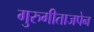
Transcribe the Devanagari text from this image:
गुरुगीताजपेन